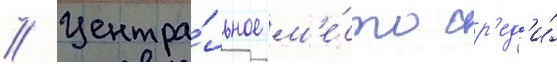
// Центра́льное м'е́сто ср'ед'и́